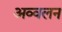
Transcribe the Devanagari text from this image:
अव्वलन